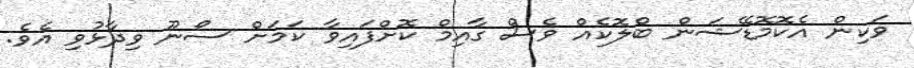
ވަކިން އެކޮމޮޑޭޝަން ބްލޮކެއް ވެސް ގާއިމް ކޮށްފައިވާ ކަމަށް ސޯނޫ ވިދާޅުވި އެވެ.